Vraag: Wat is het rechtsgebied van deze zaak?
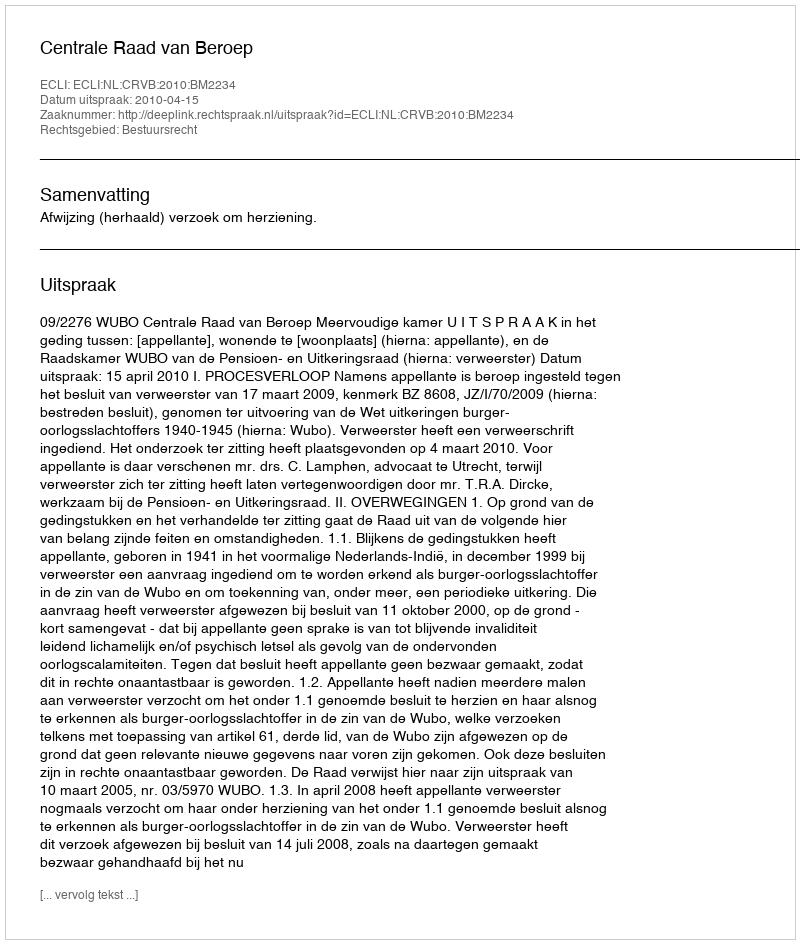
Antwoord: Bestuursrecht